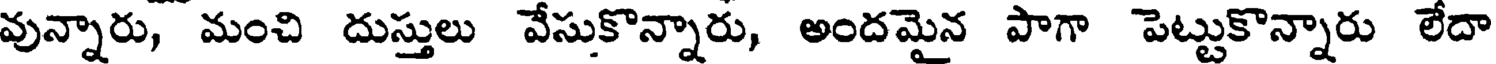
వున్నారు, మంచి దుస్తులు వేసుకొన్నారు, అందమైన పాగా పెట్టుకొన్నారు లేదా